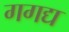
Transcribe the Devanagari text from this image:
गगद्य